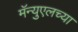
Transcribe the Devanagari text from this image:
मॅन्युएलच्या